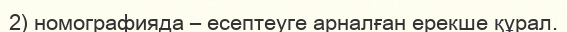
2) номографияда – есептеуге арналған ерекше құрал.